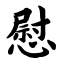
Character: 慰